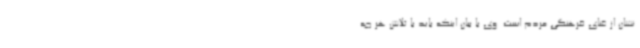
نشان از غنای فرهنگی مردم است. وی با بیان اینکه باید با تلاش هر چه